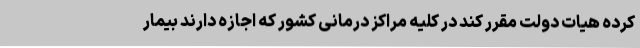
کرده هیات دولت مقرر کند در کلیه مراکز درمانی کشور که اجازه دارند بیمار